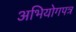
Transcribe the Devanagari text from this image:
अभियोगपत्र